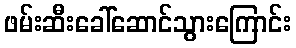
ဖမ်းဆီးခေါ်ဆောင်သွားကြောင်း